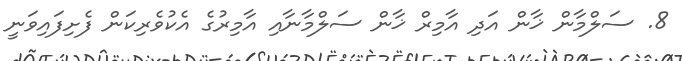
8. ސަލްމާން ޚާން އަދި އާމިރް ޚާން ސަލްމާނާއި އާމިރުގެ އެކުވެރިކަން ފެށިފައިވަނީ